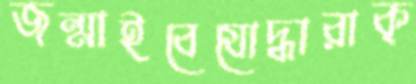
জন্মাইবেযোদ্ধারাক্